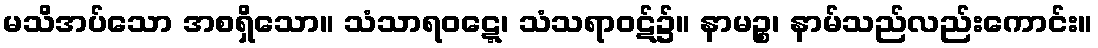
မသိအပ်သော အစရှိသော။ သံသာရဝဋ္ဋေ၊ သံသရာဝဋ်၌။ နာမဉ္စ၊ နာမ်သည်လည်းကောင်း။